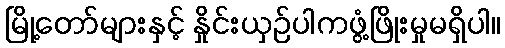
မြို့တော်များနှင့် နှိုင်းယှဉ်ပါကဖွံ့ဖြိုးမှုမရှိပါ။